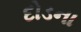
દોડના